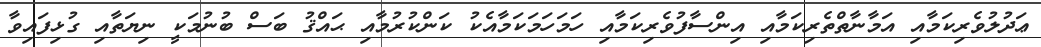
ޢަދުލުވެރިކަމާއި އަމާނާތްތެރިކަމާއި އިންސާފުވެރިކަމާއި ހަމަހަމަކަމާއެކު ކަންކުރުމާއި ޙައްޤު ބަސް ބުނުމަކީ ނިޔަތާއި ގުޅިފައިވާ